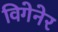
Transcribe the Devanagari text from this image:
विगेनेर